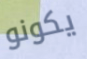
يكونو